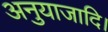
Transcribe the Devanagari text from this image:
अनुयाजादि।